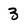
Character: 3